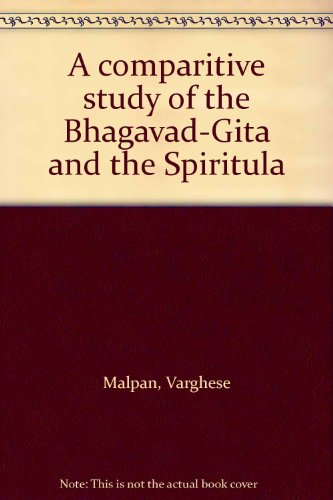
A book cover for A Comparative Study of the Bhagavad-Gita and the Spiritual Exercises of Saint Ignatius of Loyola on the Process of Spiritual Liberation; Varghese Malpan; Religion & Spirituality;